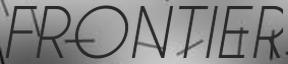
FRONTIER